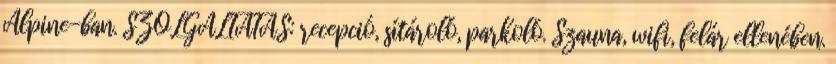
Alpine-ban. SZOLGÁLTATÁS: recepció, sítároló, parkoló. Szauna, wifi, felár ellenében.